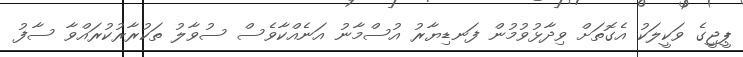
ޕީޖީގެ ވަކީލަކު އެގޮތަށް ވިދާޅުވުމުން ފަނޑިޔާރު އުސްމާނު އަނެއްކާވެސް ސުވާލު ތަކުރާރުކުރައްވާ ސާފު